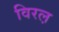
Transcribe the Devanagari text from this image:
विरल़